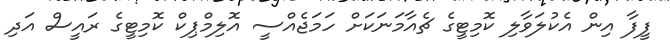
ފީފާ އިން އެކުލަވާލި ކޮމިޓީގެ ޗެއާމަނަކަށް ހަމަޖެއްސީ އޮލިމްޕިކް ކޮމިޓީގެ ރައީސް އަދި